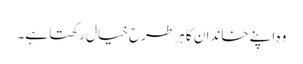
وہ اپنے خاندان کا ہر طرح خیال رکھتا ہے۔